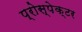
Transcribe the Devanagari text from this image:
प्रोस्पेक्टर